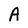
Character: A